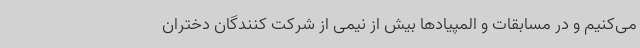
می‌کنیم و در مسابقات و المپیادها بیش از نیمی از شرکت کنندگان دختران